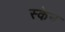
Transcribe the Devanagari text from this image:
स्‍केन